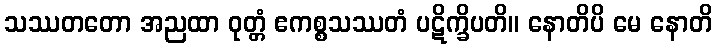
သဿတတော အညထာ ဝုတ္တံ ဧကစ္စသဿတံ ပဋိက္ခိပတိ။ နောတိပိ မေ နောတိ